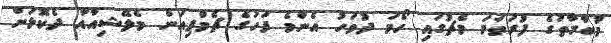
މުބާރާތުގެ ފުރަތަމަ މެޗުގައި ހޯމަ ދުވަހު އެންމެ ފަހުގެ ޗެމްޕިއަން މެލޭޝިއާއާ ދެކޮޅަށް